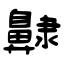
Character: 齂